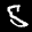
Label: 5